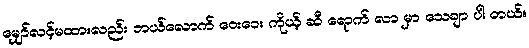
မျှော်လင့်မထားလည်း ဘယ်လောက် ဝေးဝေး ကိုယ့် ဆီ ရောက် လာ မှာ သေချာ ပါ တယ်။